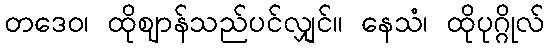
တဒေဝ၊ ထိုဈာန်သည်ပင်လျှင်။ နေသံ၊ ထိုပုဂ္ဂိုလ်